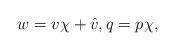
LaTeX: \begin{align*}w=v\chi +\hat{v}, q=p\chi,\end{align*}